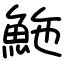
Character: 䰿